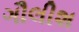
ગૌલીશ